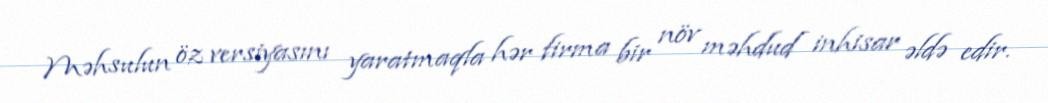
Məhsulun öz versiyasını yaratmaqla hər firma bir növ məhdud inhisar əldə edir.